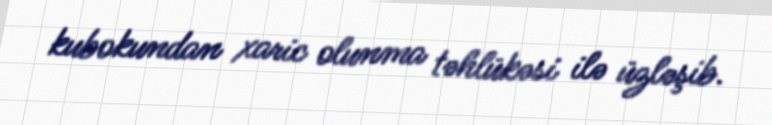
kubokundan xaric olunma təhlükəsi ilə üzləşib.